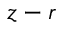
z - r